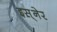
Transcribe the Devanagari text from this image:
इस़्नेर